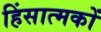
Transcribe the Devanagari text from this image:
हिंसात्मकों